Annual report on the working of the mental hospitals in the Madras Presidency - 1912-1932
Year: 1912
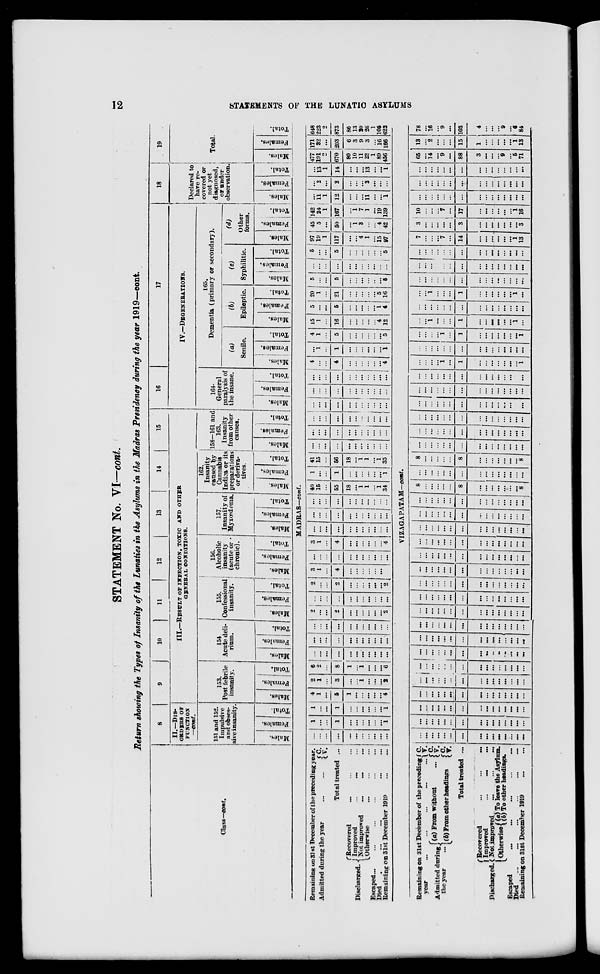
12
STATEMENTS OF THE LUNATIC ASYLUMS
STATEMENT No. VI—cont.
Return showing the Types of Insanity of the Lunatics in the Asylums in the Madras Presidency during the year 1919—cont.
Class—cont.
8
II.—DIS-
------ OF
FUNCTION
—cont.
151 and 152.
Impulsive
and obses-
sive insanity.
Males.
Females.
Total.
9
10 11 12
13
14
15
III.—RESULT OF INFECTION, TOXIC AND OTHER
GENERAL CONDITIONS.
153.
Post febrile
insanity.
Males.
Females.
Total.
154.
Acute deli-
rium.
Males.
Females.
Total.
155.
Confessional
insanity.
Males.
Females.
Total.
156.
Alcoholic
insanity
(acute or
chronic).
Males.
Females.
Total.
157.
Insanity of
Myxœdema.
Males.
Females.
Total.
162.
Insanity
caused by
Cannabis
Indica or its
preparations
or deriva-
tives.
Males.
Females.
Total.
158—161 and
163.
Insanity
from other
causes.
Males.
Females.
Total.
16
17
IV.—DEGENERATIONS.
164.
General
paralysis of
the insane.
Males.
Females.
Total.
165.
Dementia (primary or secondary).
(a)
Senile.
Males.
Females.
Total.
(b)
Epileptic.
Males.
Females.
Total.
(c)
Syphilitic.
Males.
Females,
Total.
(d)
Other
forms.
Males.
Females.
Total.
18
Declared to
have re-
covered or
not yet
diagnosed,
or under
observation.
Males.
Females.
Total.
19
Total.
Males.
Females.
Total.
MADRAS—cont.
Remaining on 31 st December of the preceding year.
Admitted during the year
...
...
C.
V.
Total treated ...
Discharged.
Recovered ... ... ...
Improved ... ... ...
Not improved ... ... ...
Otherwise
... ... ...
Escaped
...
...
...
...
...
Died.
...
...
...
...
...
...
Remaining on 31st December 1919 ...
...
...
...
...
...
...
...
...
...
...
...
...
1
...
...
1
...
...
...
...
...
...
1
1
...
...
1
...
...
...
...
...
...
1
4
1
...
5
1
...
...
...
...
...
4
2
1
...
3
...
...
1
...
...
...
2
6
2
...
8
1
...
1
. ..
. ..
...
6
...
...
...
...
...
...
...
...
...
...
...
...
...
...
...
...
...
...
...
...
...
...
...
...
...
...
...
...
...
...
...
...
...
2
...
...
2
...
...
...
...
...
...
2
...
...
...
...
...
...
...
...
...
...
...
2
...
...
2
...
...
...
...
...
...
2
3
1
...
4
...
...
...
...
...
...
...
...
...
...
...
...
...
...
...
...
...
...
3
1
...
4
...
...
...
...
...
...
4
...
...
...
...
...
...
...
...
...
...
...
...
...
...
...
...
...
...
...
...
...
...
...
...
...
...
...
...
...
...
...
...
...
40
15
...
55
18
...
1
1
...
1
34
1
...
...
1
...
...
...
...
...
...
1
41
15
56
18
...
1
1
...
1
35
...
...
...
...
...
...
...
...
...
...
...
...
...
...
...
...
...
...
...
...
...
...
...
...
...
...
...
...
...
...
...
...
...
...
...
...
...
...
...
...
...
...
...
...
...
...
...
...
...
...
...
...
...
...
...
...
...
...
...
...
...
...
...
...
...
4
...
...
4
...
...
...
...
...
...
4
...
1
...
1
...
...
...
...
...
1
4
1
...
5
...
...
...
...
...
...
5
15
1
...
16
...
...
...
...
...
4
12
5
...
...
5
...
...
...
...
...
1
4
20
1
...
21
...
...
...
...
...
5
16
5
...
...
5
...
...
...
...
...
...
5
...
...
...
...
...
...
...
...
...
...
...
5
...
...
5
...
...
...
...
...
...
5
97
19
1
117
...
...
4
1
...
15
97
45
5
...
50
...
1
3
...
...
4
42
142
24
1
167
...
1
7
1
...
19
139
...
11
1
12
...
...
. ..
11
...
...
1
...
2
...
2
...
...
. ..
2
...
...
...
...
13
1
14
...
...
...
13
...
...
1
477
101
2
670
80
10
11
23
1
89
456
171
32
...
203
6
3 9
3
...
16
166
648
223
2
873
86
13
20
26
1
105
622
VIZAGAPATAM—cont.
Remaining on 31st December of the preceding
year
Admitted during
the year
(a) From without ...
(b) From other headings
C.
V.
C.
V.
C. V.
Total treated ...
Discharged.
Recovered ... ... ...
Improved ... ... ...
Not improved ... ... ...
Otherwise (a) To leave the Asylum.
(b) To other headings.
Escaped ... ... ... ...
Died ... ... ... ...
Remaining on 31st December 1919 ... ...
...
...
...
...
...
...
...
...
...
...
...
...
...
...
...
...
...
...
...
...
...
...
...
...
...
...
...
...
...
...
...
...
...
...
...
...
...
...
...
...
...
...
...
...
...
...
...
...
...
...
...
...
...
...
...
...
...
...
...
...
...
...
...
...
...
...
...
...
...
. ..
...
...
...
...
...
...
...
...
...
...
...
...
...
...
...
...
...
...
...
...
...
...
...
...
...
. ..
...
...
...
...
...
...
...
...
...
...
...
...
...
...
...
...
...
...
...
...
...
...
...
...
...
...
. ..
...
...
...
...
...
...
...
...
...
...
...
...
...
...
...
...
...
...
...
...
...
...
...
...
...
. ..
...
...
...
...
...
...
...
...
...
...
. ..
...
...
...
...
...
...
...
...
...
...
...
...
...
...
...
...
...
...
...
. ..
...
...
...
...
...
...
...
...
...
...
...
...
...
...
...
...
...
...
...
...
...
...
...
...
...
...
...
...
. ..
...
...
...
...
...
...
...
...
...
...
...
...
. ..
. ..
...
...
...
...
...
...
...
...
...
...
...
...
...
...
...
...
...
...
...
...
...
...
...
...
...
...
...
...
...
...
...
...
...
...
...
...
...
...
...
...
...
...
...
...
...
...
...
8
...
...
...
...
...
8
...
...
...
...
...
...
...
8
...
...
...
...
...
...
...
...
...
...
...
...
...
...
...
8
...
...
...
...
...
8
...
...
...
...
...
...
... 8
...
...
...
...
...
...
...
...
...
...
...
...
...
...
...
...
...
...
...
...
...
...
...
...
...
...
...
...
...
...
...
...
...
...
...
...
...
...
...
...
...
...
...
...
...
...
...
...
...
...
...
...
...
...
...
...
...
...
...
...
...
...
...
...
...
...
...
...
...
...
...
...
...
...
...
...
...
...
...
...
...
...
...
...
...
...
...
...
...
...
...
...
...
...
1
...
1
...
...
...
...
...
...
...
1
...
...
...
...
...
...
...
...
...
...
...
...
...
...
...
...
...
...
...
1
...
1
...
...
...
...
...
...
....
1
. ..
. ..
1
...
...
...
1
...
...
....
...
...
...
1
...
...
...
...
...
...
...
...
...
...
...
...
...
...
...
...
...
...
1
...
...
...
1
...
. ..
...
. ..
...
...
1
...
...
...
...
...
...
...
...
...
...
...
...
...
...
...
...
...
...
...
...
...
...
...
...
...
...
...
...
...
...
...
...
...
...
...
...
...
...
...
...
...
...
...
...
...
...
7
...
...
...
7
...
14
. ..
. ..
. ..
...
. ..
...
1
13
3
. ..
...
...
. ..
. ..
3
...
. ..
...
...
. ..
. ..
...
3
10
...
...
...
7
...
17
...
...
...
...
...
...
1
16
...
...
...
...
...
...
...
...
...
...
...
...
...
...
...
...
...
...
...
...
...
...
...
...
. ..
...
...
...
...
...
...
...
...
...
...
. ..
...
...
...
...
...
...
...
...
...
65
. ..
14
...
9
...
88
3
...
...
...
9
...
5
71
13
...
2
...
...
...
15
1
...
...
...
. ..
...
1
13
78
...
16
...
9
...
103
4
...
...
...
9
...
6
84